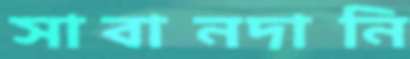
সাবানদানি